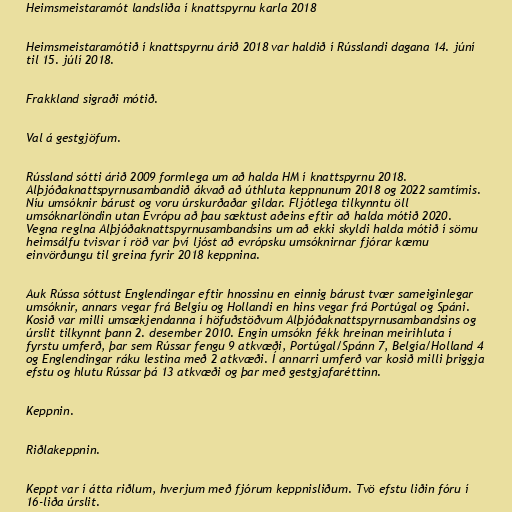
Heimsmeistaramót landsliða í knattspyrnu karla 2018

Heimsmeistaramótið í knattspyrnu árið 2018 var haldið í Rússlandi dagana 14. júní
til 15. júlí 2018.

Frakkland sigraði mótið.

Val á gestgjöfum.

Rússland sótti árið 2009 formlega um að halda HM í knattspyrnu 2018.
Alþjóðaknattspyrnusambandið ákvað að úthluta keppnunum 2018 og 2022 samtímis.
Níu umsóknir bárust og voru úrskurðaðar gildar. Fljótlega tilkynntu öll
umsóknarlöndin utan Evrópu að þau sæktust aðeins eftir að halda mótið 2020.
Vegna reglna Alþjóðaknattspyrnusambandsins um að ekki skyldi halda mótið í sömu
heimsálfu tvisvar í röð var því ljóst að evrópsku umsóknirnar fjórar kæmu
einvörðungu til greina fyrir 2018 keppnina.

Auk Rússa sóttust Englendingar eftir hnossinu en einnig bárust tvær sameiginlegar
umsóknir, annars vegar frá Belgíu og Hollandi en hins vegar frá Portúgal og Spáni.
Kosið var milli umsækjendanna í höfuðstöðvum Alþjóðaknattspyrnusambandsins og
úrslit tilkynnt þann 2. desember 2010. Engin umsókn fékk hreinan meirihluta í
fyrstu umferð, þar sem Rússar fengu 9 atkvæði, Portúgal/Spánn 7, Belgía/Holland 4
og Englendingar ráku lestina með 2 atkvæði. Í annarri umferð var kosið milli þriggja
efstu og hlutu Rússar þá 13 atkvæði og þar með gestgjafaréttinn.

Keppnin.

Riðlakeppnin.

Keppt var í átta riðlum, hverjum með fjórum keppnisliðum. Tvö efstu liðin fóru í
16-liða úrslit.